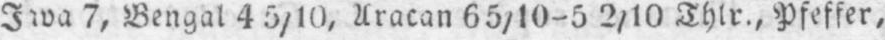
7, Bengal 45/10, Uracan 65/10-52/10 Thlr., Pfeffer,